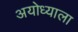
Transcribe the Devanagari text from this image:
अयोध्याला